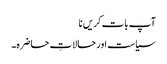
آپ بات کریں نا
سیاست اور حالاتِ حاضرہ۔